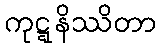
ကုဋ္ဋနိဿိတာ